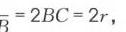
$_{B}=2BC = 2r,$